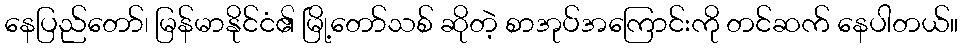
နေပြည်တော်၊ မြန်မာနိုင်ငံ၏ မြို့တော်သစ် ဆိုတဲ့ စာအုပ်အကြောင်းကို တင်ဆက် နေပါတယ်။